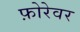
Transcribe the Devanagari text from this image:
फ़ोरेवर